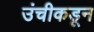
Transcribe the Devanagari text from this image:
उंचीकडून